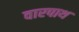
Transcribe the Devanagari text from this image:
वारपाथ